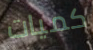
كميات